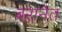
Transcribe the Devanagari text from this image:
बरानेत